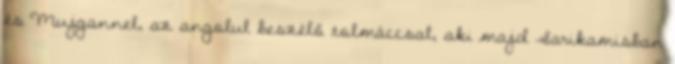
és Mujgannel, az angolul beszélő tolmáccsal, aki majd Sarikamisban